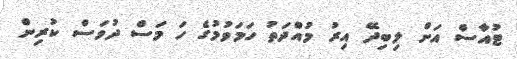
ޓުއާސް އަށް ލިބިދޭ އިރު މުއްދަތު ހަމަވުމުގެ ހަ މަސް ދުވަސް ކުރިން